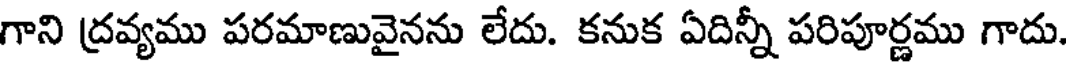
గాని ద్రవ్యము పరమాణువైనను లేదు. కనుక ఏదిన్నీ పరిపూర్ణము గాదు.